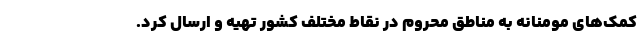
کمک‌های مومنانه به مناطق محروم در نقاط مختلف کشور تهیه و ارسال کرد.